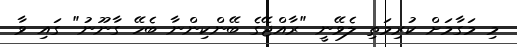
މި މަގާމަށް ކުރިމަތި ލެވޭނީ "ރާއްޖޭގެ ބޭންކިންނާ ބެހޭ ގާނޫނު" ގައި ވާ